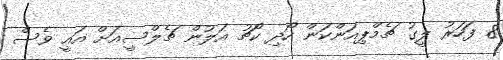
8 ފަހަރު ލީގު ޗެމްޕިއަންކަން ހޯދި ކޯޗު އަލުން ޗެލްސީއަށް އައީ ވެސް